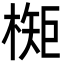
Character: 𬄃